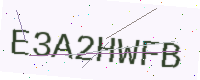
Text: E3A2HWFB